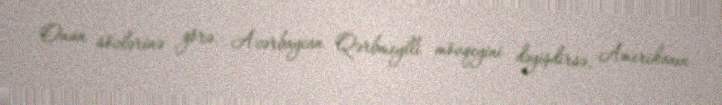
Onun sözlərinə görə, Azərbaycan Qərbmeylli mövqeyini dəyişdirsə, Amerikanın